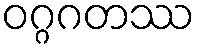
ဝဂ္ဂဂတဿ